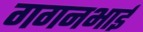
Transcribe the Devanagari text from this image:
गगनभाई